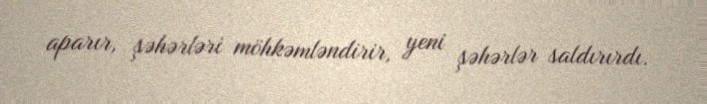
aparır, şəhərləri möhkəmləndirir, yeni şəhərlər saldırırdı.